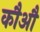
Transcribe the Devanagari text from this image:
कौऔ